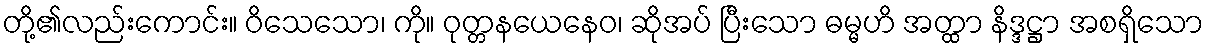
တို့၏လည်းကောင်း။ ဝိသေသော၊ ကို။ ဝုတ္တနယေနေဝ၊ ဆိုအပ် ပြီးသော ဓမ္မဟိ အတ္ထာ နိဒ္ဒဋ္ဌာ အစရှိသော